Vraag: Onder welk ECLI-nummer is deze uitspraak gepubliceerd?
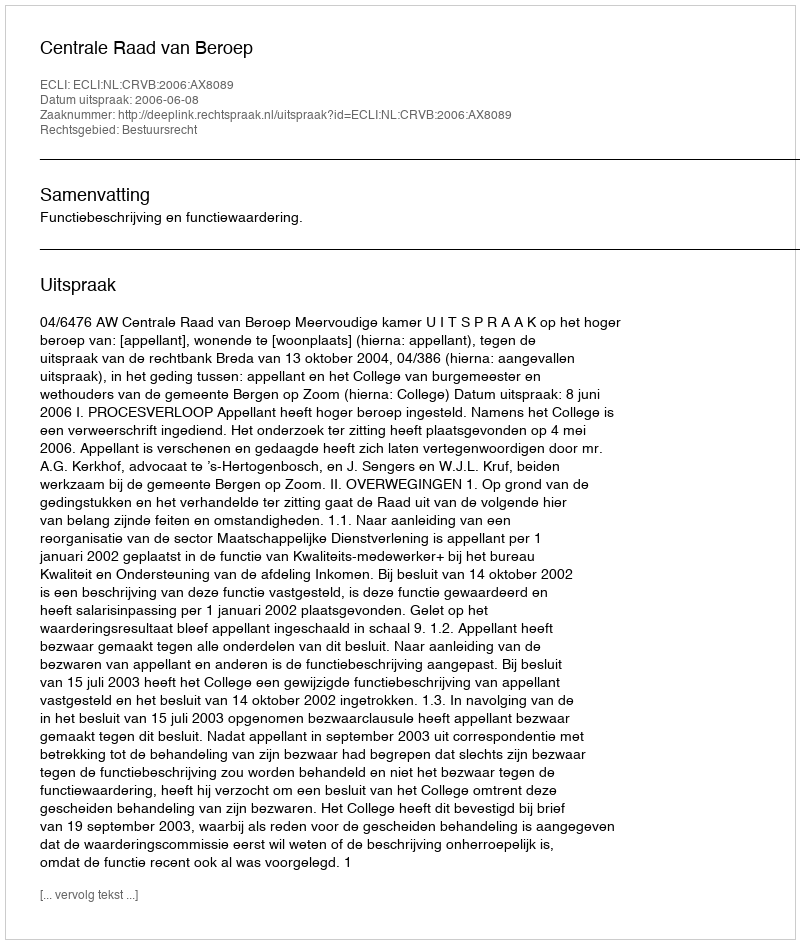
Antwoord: ECLI:NL:CRVB:2006:AX8089